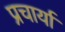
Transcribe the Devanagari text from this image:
प्रचार्या